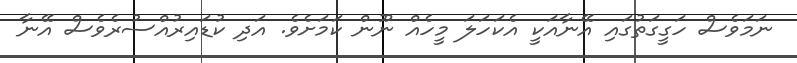
ނަމަވެސް ހަގީގަތުގައި އޭނާއަކީ އެކަހަލަ މީހެއް ނޫން ކަމަށެވެ. އަދި ކުޑައިރުއްސުރެވެސް އޭނާ